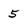
Character: 5